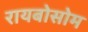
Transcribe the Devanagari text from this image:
रायबोसोम